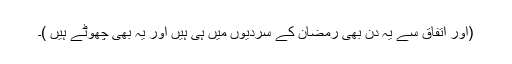
(اور اتفاق سے یہ دن بھی رمضان کے سردیوں میں ہی ہیں اور یہ بھی چھوٹے ہیں )۔